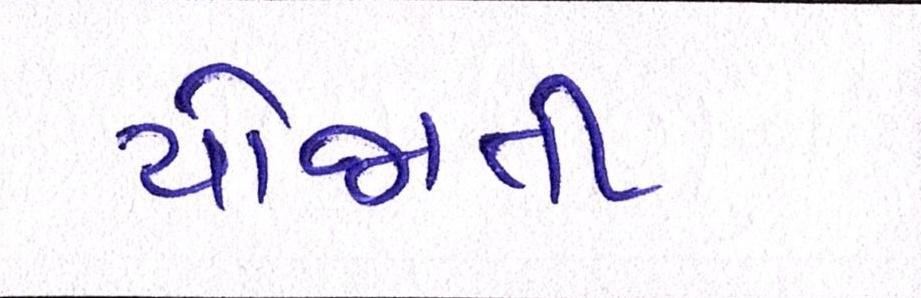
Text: યોજાતી